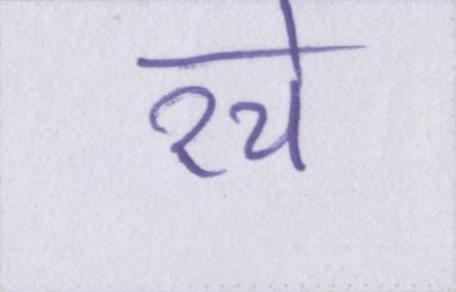
रचे